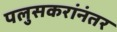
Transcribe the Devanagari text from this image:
पलुसकरांनंतर